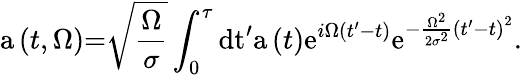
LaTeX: \mathrm{a}\left(t,\Omega\right)\mathrm{=}\sqrt{\frac{\Omega}{\sigma}}\int_{0}^{\tau}\mathrm{dt}^{\prime}\mathrm{a}\left(t\right)\mathrm{e}^{i\Omega\left(t^{\prime}-t\right)}\mathrm{e}^{-\frac{\Omega^{2}}{2\sigma^{2}}\left(t^{\prime}-t\right)^{2}}\mathrm{.}